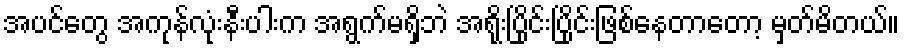
အပင်တွေ အကုန်လုံးနီးပါးက အရွက်မရှိဘဲ အရိုးပြိုင်းပြိုင်းဖြစ်နေတာတော့ မှတ်မိတယ်။